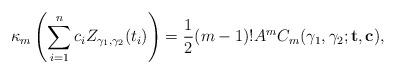
LaTeX: \begin{align*}\kappa_m\left(\sum_{i=1}^n c_i Z_{\gamma_1,\gamma_2}(t_i)\right)=\frac{1}{2}(m-1)!A^m C_m(\gamma_1,\gamma_2;\mathbf{t},\mathbf{c}),\end{align*}